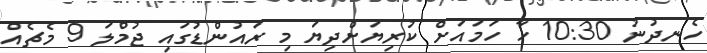
ހެނދުނު 10:30 ހާ ހަމައަށް ކުރިޔަށްދިޔަ މި ރައުންޑުގައި ޖުމްލަ 9 މެޗެއް